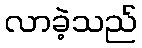
လာခဲ့သည်